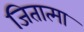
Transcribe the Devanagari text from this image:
जितात्मा